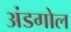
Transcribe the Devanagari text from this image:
अंडगोल